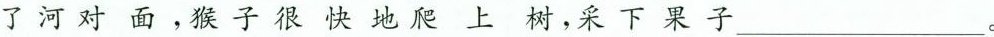
了河对面，猴子很快地爬上树，采下果子___。